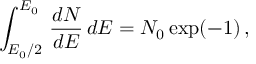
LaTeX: \int _ { E _ { 0 } / 2 } ^ { E _ { 0 } } \, \frac { d N } { d E } \, d E = N _ { 0 } \exp ( - 1 ) \, ,